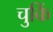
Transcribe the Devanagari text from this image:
चुकिं